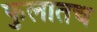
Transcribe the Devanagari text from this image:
फुलातच